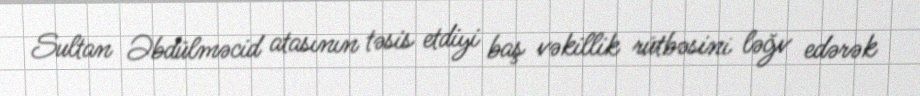
Sultan Əbdülməcid atasının təsis etdiyi baş vəkillik rütbəsini ləğv edərək